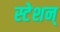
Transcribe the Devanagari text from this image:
स्टेशन्